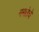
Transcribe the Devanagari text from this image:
ममतेचे